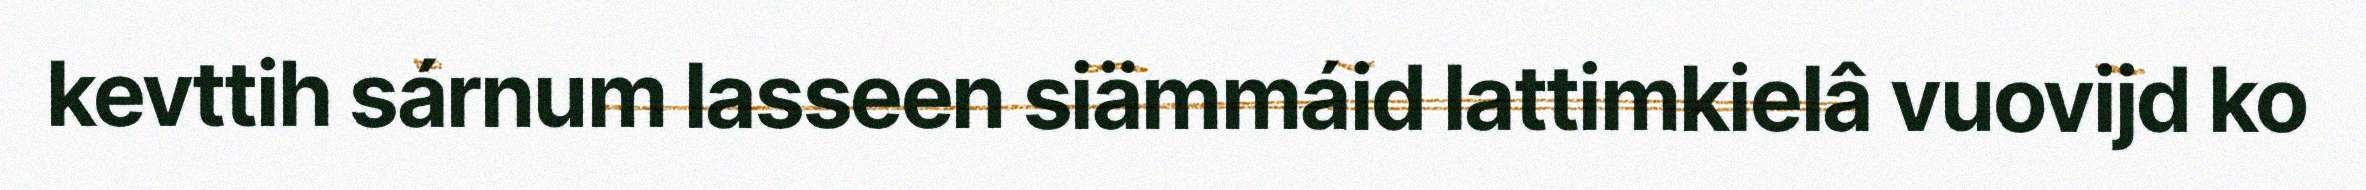
kevttih sárnum lasseen siämmáid lattimkielâ vuovijd ko